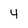
Character: 4